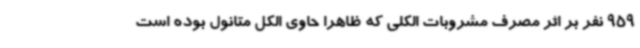
959 نفر بر اثر مصرف مشروبات الکلی که ظاهرا حاوی الکل متانول بوده است